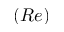
( R e )